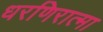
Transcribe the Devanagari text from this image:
धरणिरात्मा